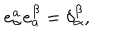
LaTeX: e _ { \alpha } ^ { a } e _ { a } ^ { \beta } = \delta _ { \alpha } ^ { \beta } ,